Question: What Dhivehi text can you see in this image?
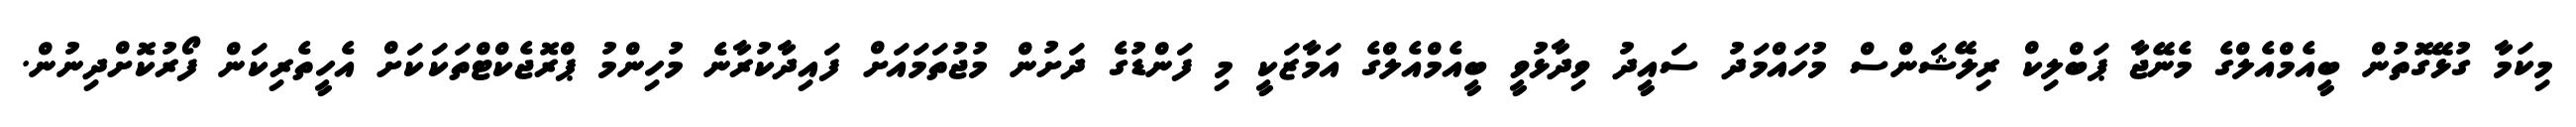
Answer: މިކަމާ ގުޅޭގޮތުން ބީއެމްއެލްގެ މެނޭޖާ ޕަބްލިކް ރިލޭޝަންސް މުހައްމަދު ސައީދު ވިދާޅުވީ ބީއެމްއެލްގެ އަމާޒަކީ މި ފަންޑުގެ ދަށުން މުޖުތަމައަށް ފައިދާކުރާނެ މުހިންމު ޕްރޮޖެކްޓްތަކަކަށް އެހީތެރިކަން ފޯރުކޮށްދިނުން.